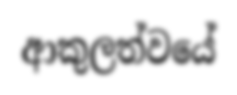
ආකුලත්වයේ